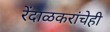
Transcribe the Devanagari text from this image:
रेंदाळकरांचेही